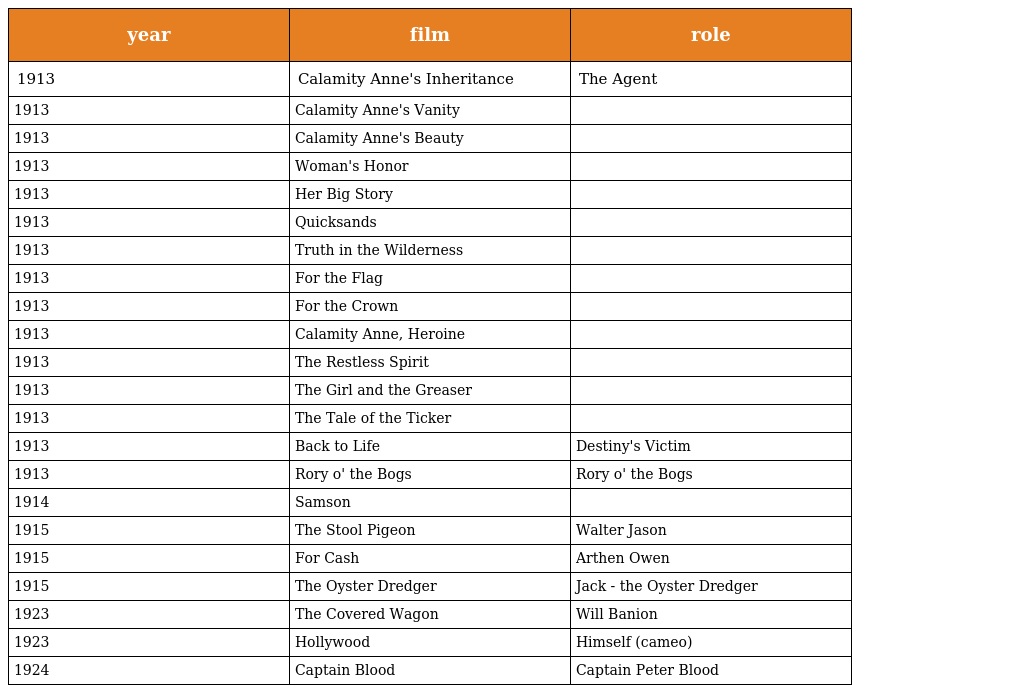
| year | film | role |
 | --- | --- | --- |
 | 1913 | Calamity Anne's Inheritance | The Agent |
 | 1913 | Calamity Anne's Vanity |  |
 | 1913 | Calamity Anne's Beauty |  |
 | 1913 | Woman's Honor |  |
 | 1913 | Her Big Story |  |
 | 1913 | Quicksands |  |
 | 1913 | Truth in the Wilderness |  |
 | 1913 | For the Flag |  |
 | 1913 | For the Crown |  |
 | 1913 | Calamity Anne, Heroine |  |
 | 1913 | The Restless Spirit |  |
 | 1913 | The Girl and the Greaser |  |
 | 1913 | The Tale of the Ticker |  |
 | 1913 | Back to Life | Destiny's Victim |
 | 1913 | Rory o' the Bogs | Rory o' the Bogs |
 | 1914 | Samson |  |
 | 1915 | The Stool Pigeon | Walter Jason |
 | 1915 | For Cash | Arthen Owen |
 | 1915 | The Oyster Dredger | Jack - the Oyster Dredger |
 | 1923 | The Covered Wagon | Will Banion |
 | 1923 | Hollywood | Himself (cameo) |
 | 1924 | Captain Blood | Captain Peter Blood |